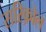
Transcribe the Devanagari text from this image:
सरिक़ोल